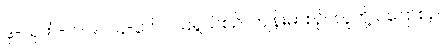
ဒု-သုတ်-ပါ-၉၀၊ ၄-၃၆၊ ငယ်ရွယ်စဉ်၊ ကျန်းမာစဉ်၊ လူတို့ ဝပြောစဉ်၊